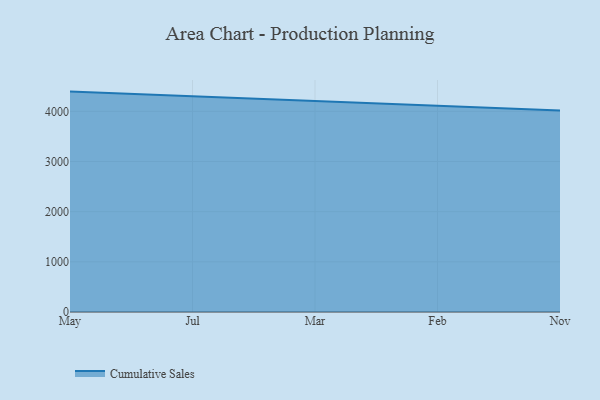
{"axis": {"x": "Month", "y": "Tickets Resolved"}, "legend": ["Cumulative Sales"], "data": [{"x": "May", "y": 4393.4, "type": "Cumulative Sales"}, {"x": "Jul", "y": 4298.6, "type": "Cumulative Sales"}, {"x": "Mar", "y": 4214.1, "type": "Cumulative Sales"}, {"x": "Feb", "y": 4117.0, "type": "Cumulative Sales"}, {"x": "Nov", "y": 4018.6, "type": "Cumulative Sales"}]}